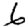
Digit: 6